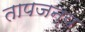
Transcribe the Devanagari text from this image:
तापजन्य